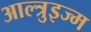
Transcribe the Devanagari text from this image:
आल्त्रुइज्म